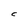
Character: C